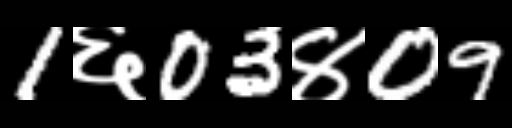
Text: 1६03४09